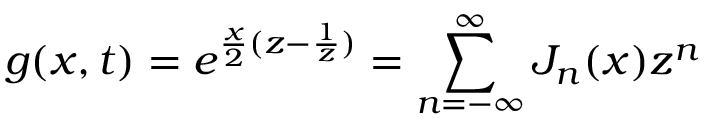
g ( x , t ) = e ^ { \frac { x } { 2 } ( z - \frac { 1 } { z } ) } = \sum _ { n = - \infty } ^ { \infty } J _ { n } ( x ) z ^ { n }